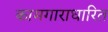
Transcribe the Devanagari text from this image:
कामगाराधारित